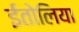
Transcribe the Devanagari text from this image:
ईतोलिया